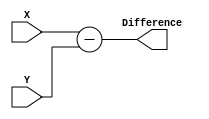
`timescale 1ns/1ps

module subtractor(X, Y, Difference);
input [15:0] X, Y;
output reg [15:0]Difference;
always@(X or Y)
begin
Difference <= X-Y;
end
endmodule